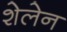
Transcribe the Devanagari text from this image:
शेलेन